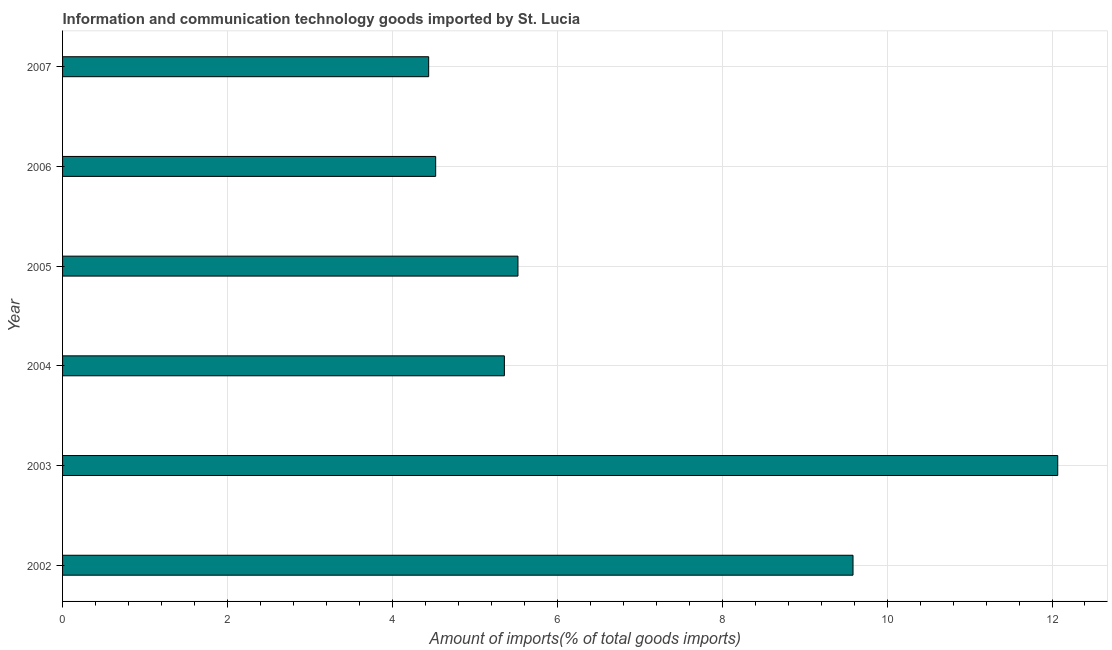
| Year | ICT goods imports |
 | --- | --- |
 | 2002 | 9.59 |
 | 2003 | 12.1 |
 | 2004 | 5.36 |
 | 2005 | 5.52 |
 | 2006 | 4.53 |
 | 2007 | 4.44 |